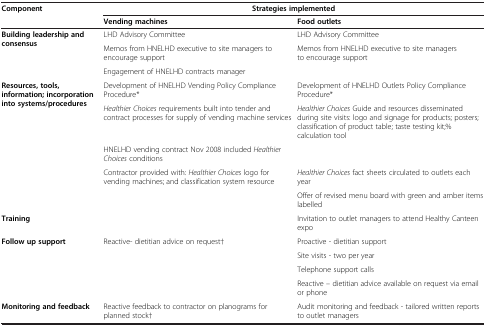
<table><thead><tr><td rowspan="2"><b>Component</b></td><td colspan="2"><b>Strategies implemented</b></td></tr><tr><td><b>Vending machines</b></td><td><b>Food outlets</b></td></tr></thead><tbody><tr><td rowspan="3"><b>Building leadership and consensus</b></td><td>LHD Advisory Committee</td><td>LHD Advisory Committee</td></tr><tr><td>Memos from HNELHD executive to site managers to encourage support</td><td>Memos from HNELHD executive to site managers to encourage support</td></tr><tr><td>Engagement of HNELHD contracts manager</td><td> </td></tr><tr><td rowspan="5"><b>Resources, tools, information; incorporation into systems/procedures</b></td><td>Development of HNELHD Vending Policy Compliance Procedure*</td><td>Development of HNELHD Outlets Policy Compliance Procedure*</td></tr><tr><td><i>Healthier Choices</i> requirements built into tender and contract processes for supply of vending machine services</td><td><i>Healthier Choices</i> Guide and resources disseminated during site visits: logo and signage for products; posters; classification of product table; taste testing kit;% calculation tool</td></tr><tr><td>HNELHD vending contract Nov 2008 included <i>Healthier Choices</i> conditions</td><td> </td></tr><tr><td rowspan="2">Contractor provided with: <i>Healthier Choices</i> logo for vending machines; and classification system resource</td><td><i>Healthier Choices</i> fact sheets circulated to outlets each year</td></tr><tr><td>Offer of revised menu board with green and amber items labelled</td></tr><tr><td><b>Training</b></td><td> </td><td>Invitation to outlet managers to attend Healthy Canteen expo</td></tr><tr><td rowspan="4"><b>Follow up support</b></td><td rowspan="4">Reactive- dietitian advice on request†</td><td>Proactive - dietitian support</td></tr><tr><td>Site visits - two per year</td></tr><tr><td>Telephone support calls</td></tr><tr><td>Reactive – dietitian advice available on request via email or phone</td></tr><tr><td><b>Monitoring and feedback</b></td><td>Reactive feedback to contractor on planograms for planned stock†</td><td>Audit monitoring and feedback - tailored written reports to outlet managers</td></tr></tbody></table>